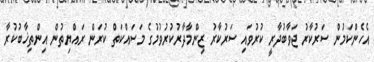
އެހެންކަމުން ސަރުކާރު ޖަވާބުދާރީ ކުރުވައި ސަރުކާރު ޒިންމާދާރުކުރުވުމުގެ މަސައްކަތް ކުރަން ރައްޔިތުން އިންތިޚާބުކުރާ